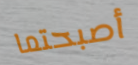
أصبحتما